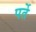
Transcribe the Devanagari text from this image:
पर्ते